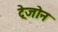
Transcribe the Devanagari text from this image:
ट्रेजोन